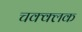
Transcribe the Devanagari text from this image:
चक्क्लक